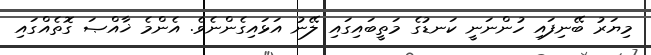
މިޔަރު ބޭނިފައި ހުންނަނީ ކަނޑުގެ މަތީބައިގައި ލޭނު އަޅައިގެންނެވެ. އެންމެ ޚާއްޞަ ގޮތެއްގައި